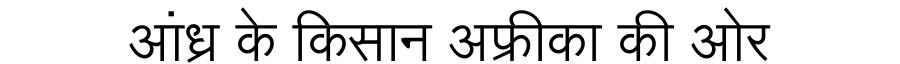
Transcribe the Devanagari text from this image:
आंध्र के किसान अफ्रीका की ओर